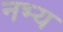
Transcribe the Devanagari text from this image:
नभ्य